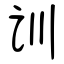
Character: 训